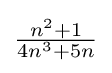
{\textstyle {\frac {n^{2}+1}{4n^{3}+5n}}}